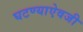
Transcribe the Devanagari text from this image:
घटण्याऐवजी